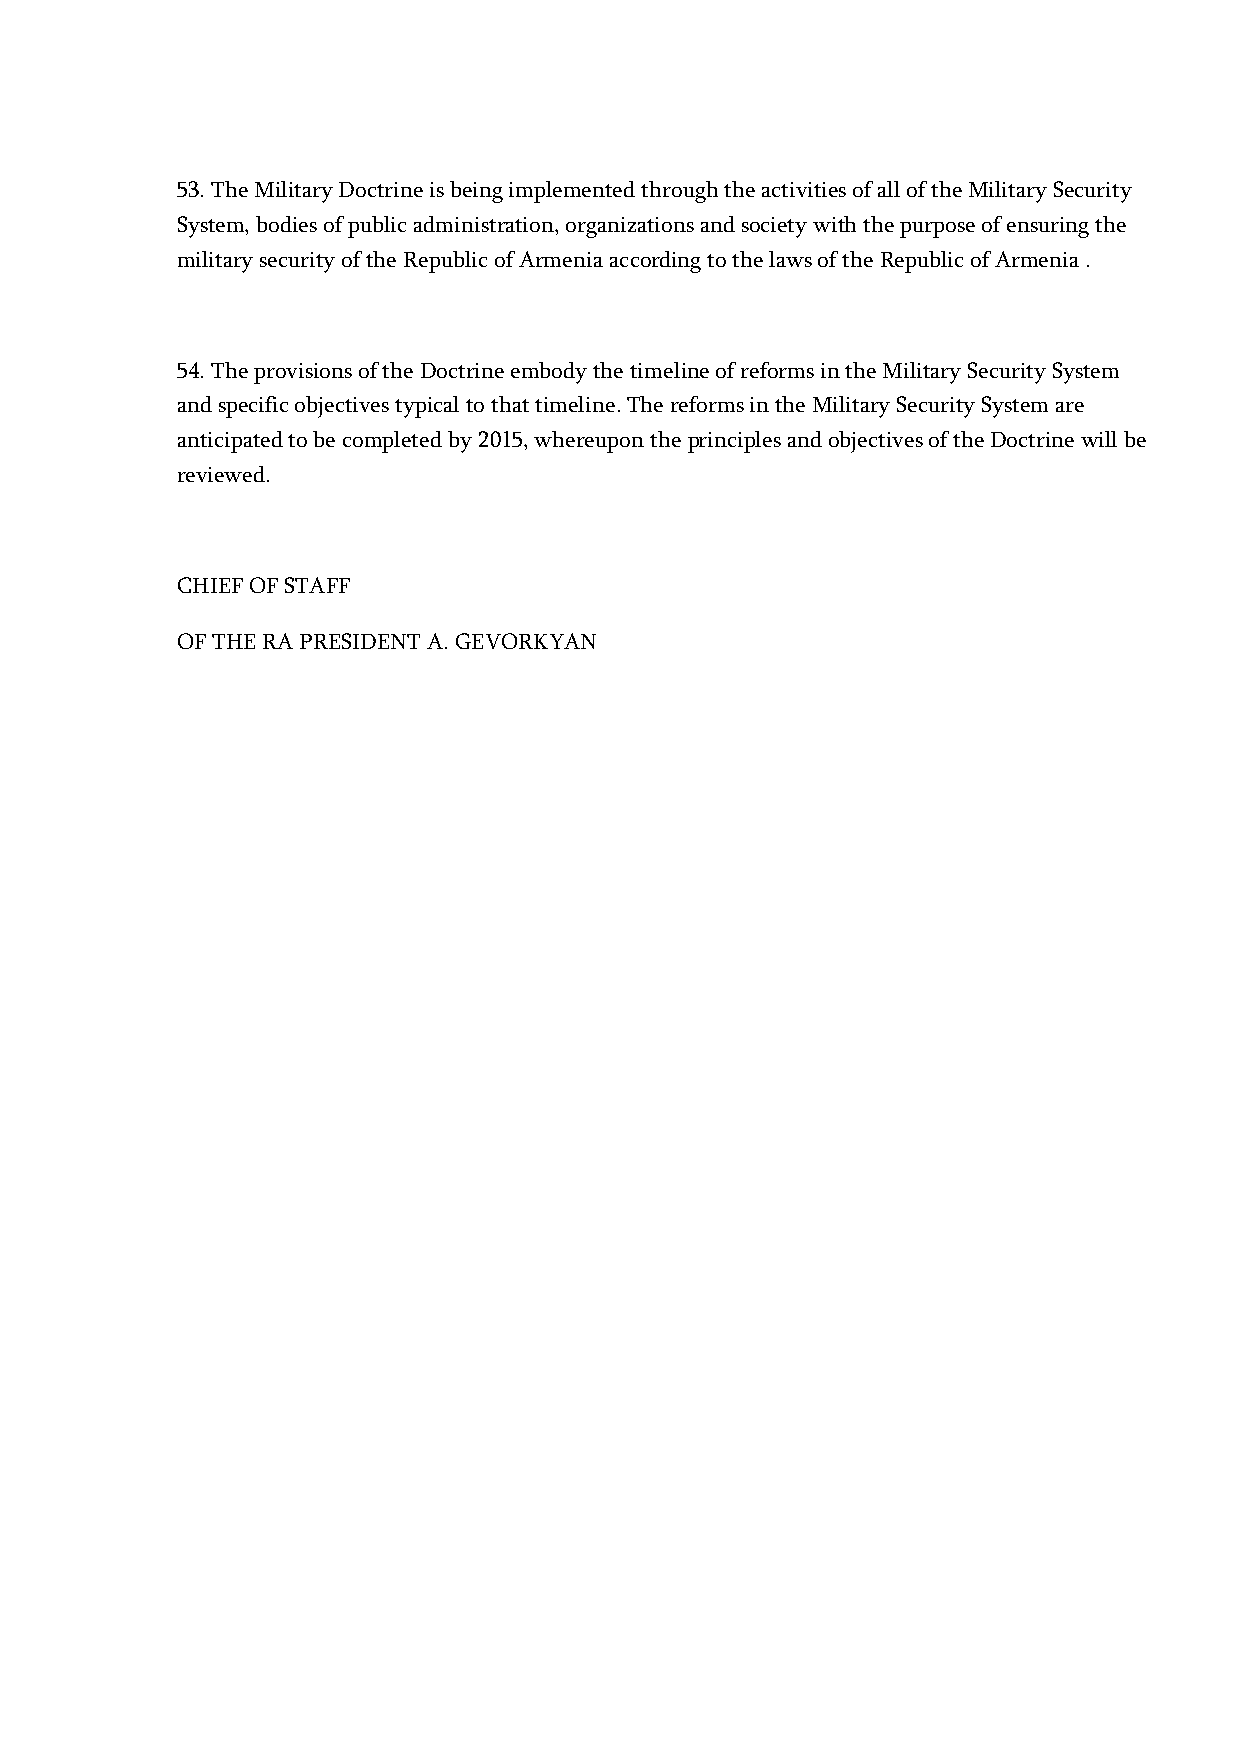
53. The Military Doctrine is being implemented through the activities of all of the Military Security
 System, bodies of public administration, organizations and society with the purpose of ensuring the
 military security of the Republic of Armenia according to the laws of the Republic of Armenia .
 54. The provisions of the Doctrine embody the timeline of reforms in the Military Security System
 and specific objectives typical to that timeline. The reforms in the Military Security System are
 anticipated to be completed by 2015, whereupon the principles and objectives of the Doctrine will be
 reviewed.
 CHIEF OF STAFF
 OF THE RA PRESIDENT A. GEVORKYAN